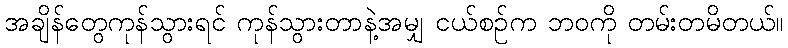
အချိန်တွေကုန်သွားရင် ကုန်သွားတာနဲ့အမျှ ငယ်စဉ်က ဘဝကို တမ်းတမိတယ်။